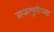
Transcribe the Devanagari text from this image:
राजापुरीच्या